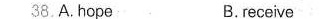
38.A.hope